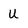
Character: u